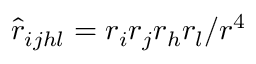
\hat { r } _ { i j h l } = r _ { i } r _ { j } r _ { h } r _ { l } / r ^ { 4 }